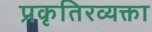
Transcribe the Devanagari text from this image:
प्रकृतिरव्यक्ता